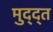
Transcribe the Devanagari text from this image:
मुद्द्त